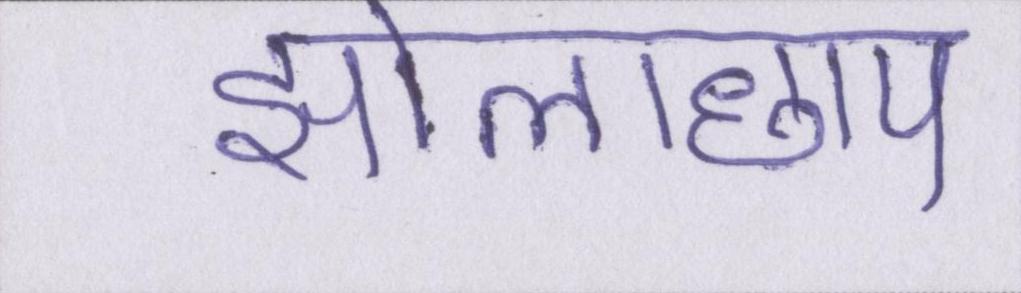
झोलाछाप